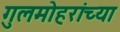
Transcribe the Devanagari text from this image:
गुलमोहरांच्या